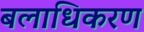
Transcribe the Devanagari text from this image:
बलाधिकरण